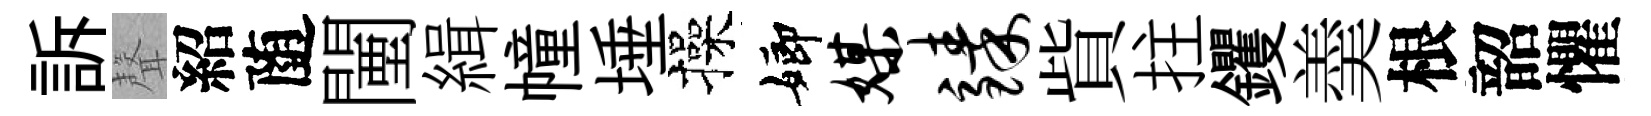
訴聲紹随闉緝幢埵操嫏媒臻貲拄钁羮根韶懼